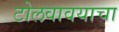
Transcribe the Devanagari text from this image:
टोलवावयाचा